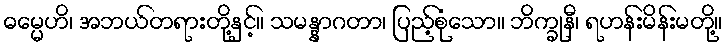
ဓမ္မေဟိ၊ အဘယ်တရားတို့နှင့်။ သမန္နာဂတာ၊ ပြည့်စုံသော။ ဘိက္ခုနီ၊ ရဟန်းမိန်းမတို့။